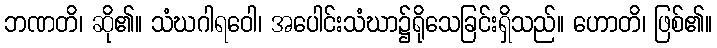
ဘဏတိ၊ ဆို၏။ သံဃဂါရဝေါ၊ အပေါင်းသံဃာ၌ရိုသေခြင်းရှိသည်။ ဟောတိ၊ ဖြစ်၏။